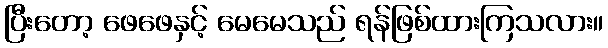
ပြီးတော့ ဖေဖေနှင့် မေမေသည် ရန်ဖြစ်ထားကြသလား။